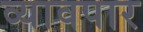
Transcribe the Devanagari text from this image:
व्यावपार